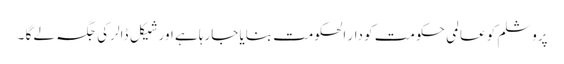
پروشلم کو عالمی حکومت کو دار الحکومت بنایا جارہا ہے اور شیکل ڈالر کی جگہ لے گا ۔